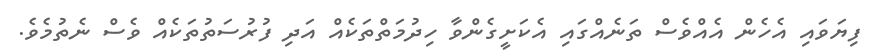
ފިޔަވައި އެހެން އެއްވެސް ތަނެއްގައި އެކަށީގެންވާ ހިދުމަތްތަކެއް އަދި ފުރުސަތުތަކެއް ވެސް ނެތުމެވެ.